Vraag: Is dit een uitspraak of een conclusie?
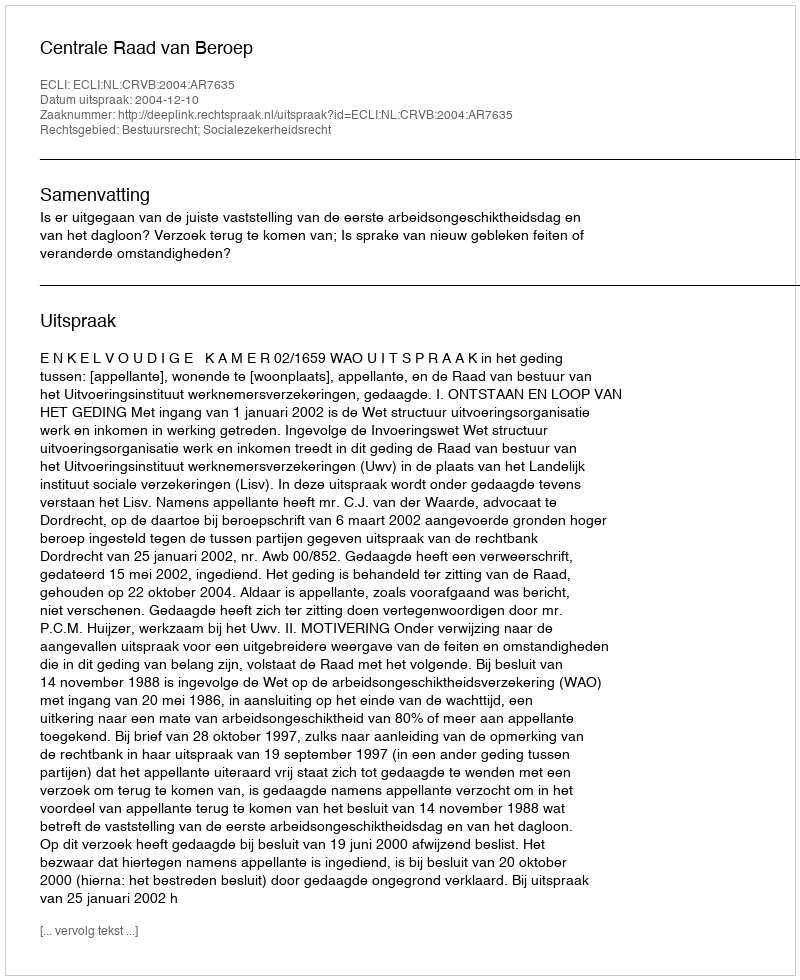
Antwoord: Uitspraak